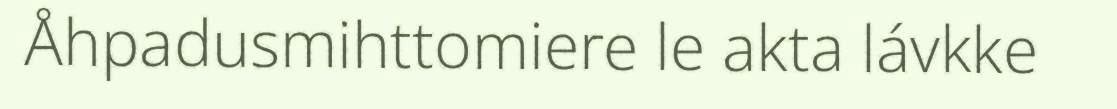
Åhpadusmihttomiere le akta lávkke